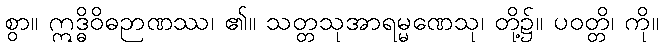
စွာ။ ဣဒ္ဓိဝိဓဉာဏဿ၊ ၏။ သတ္တသုအာရမ္မဏေသု၊ တို့၌။ ပဝတ္တိ၊ ကို။